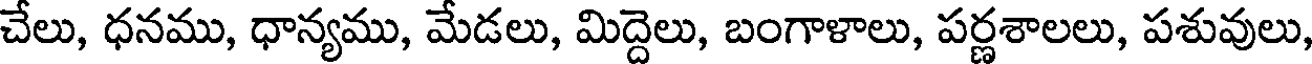
చేలు, ధనము, ధాన్యము, మేడలు, మిద్దెలు, బంగాళాలు, పర్ణశాలలు, పశువులు,